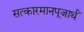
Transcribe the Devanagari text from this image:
सत्कारमानपूजार्थं